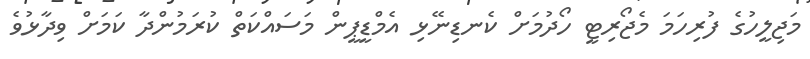
މަޖިލީހުގެ ފުރިހަމަ މެޖޯރިޓީ ހޯދުމަށް ކެނޑިނޭޅި އެމްޑީޕީން މަސައްކަތް ކުރަމުންދާ ކަމަށް ވިދާޅުވެ